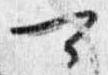
可